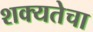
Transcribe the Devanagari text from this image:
शक्यतेचा